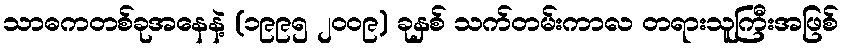
သာဓကတစ်ခုအနေနဲ့ (၁၉၉၅ ၂၀၀၉) ခုနှစ် သက်တမ်းကာလ တရားသူကြီးအဖြစ်